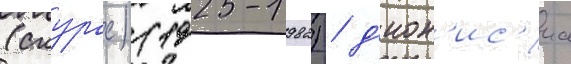
(скурас) (1925-1982) / д'ион'ис'иа